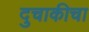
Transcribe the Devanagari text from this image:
दुचाकीचा